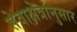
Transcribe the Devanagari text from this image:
सेवाक्षेत्रांनुसार